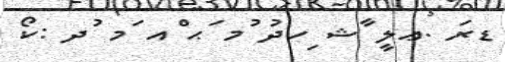
ޑރަ .ޢލީ ާޝ ިހދު ުމ ަޙ ްއ ަމ ުދ :ކޯ